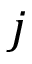
j